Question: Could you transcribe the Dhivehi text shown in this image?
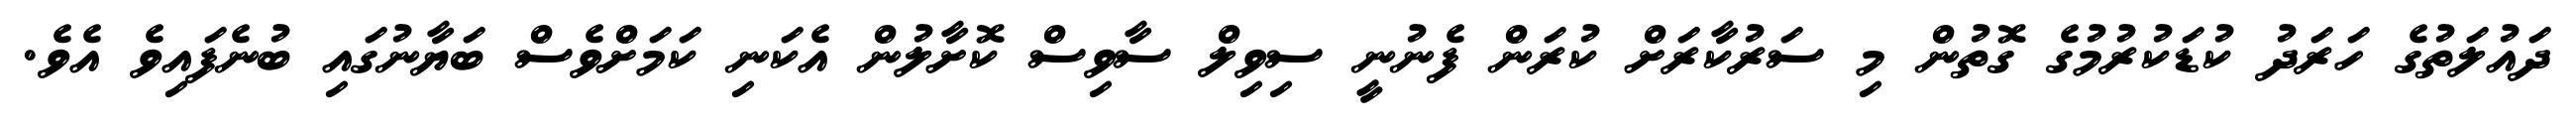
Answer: ދައުލަތުގެ ހަރަދު ކުޑަކުރުމުގެ ގޮތުން މި ސަރުކާރަށް ކުރަން ފެނުނީ ސިވިލް ސާވިސް ކޮށާލުން އެކަނި ކަމަށްވެސް ބަޔާނުގައި ބުނެފައިވެ އެވެ.